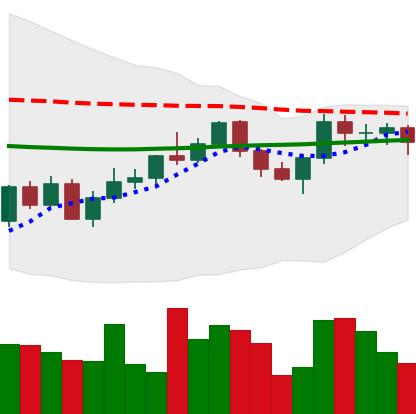
Ticker: XMR-USD
Chart end date: 2022-06-03
Forward return: -3.884%
Label: down_3_5